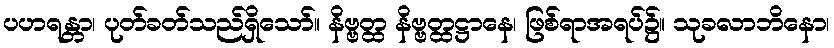
ပဟရန္တာ၊ ပုတ်ခတ်သည်ရှိသော်။ နိဗ္ဗတ္ထ နိဗ္ဗတ္ထဋ္ဌာနေ၊ ဖြစ်ရာအရပ်၌။ သုခလာဘိနော၊